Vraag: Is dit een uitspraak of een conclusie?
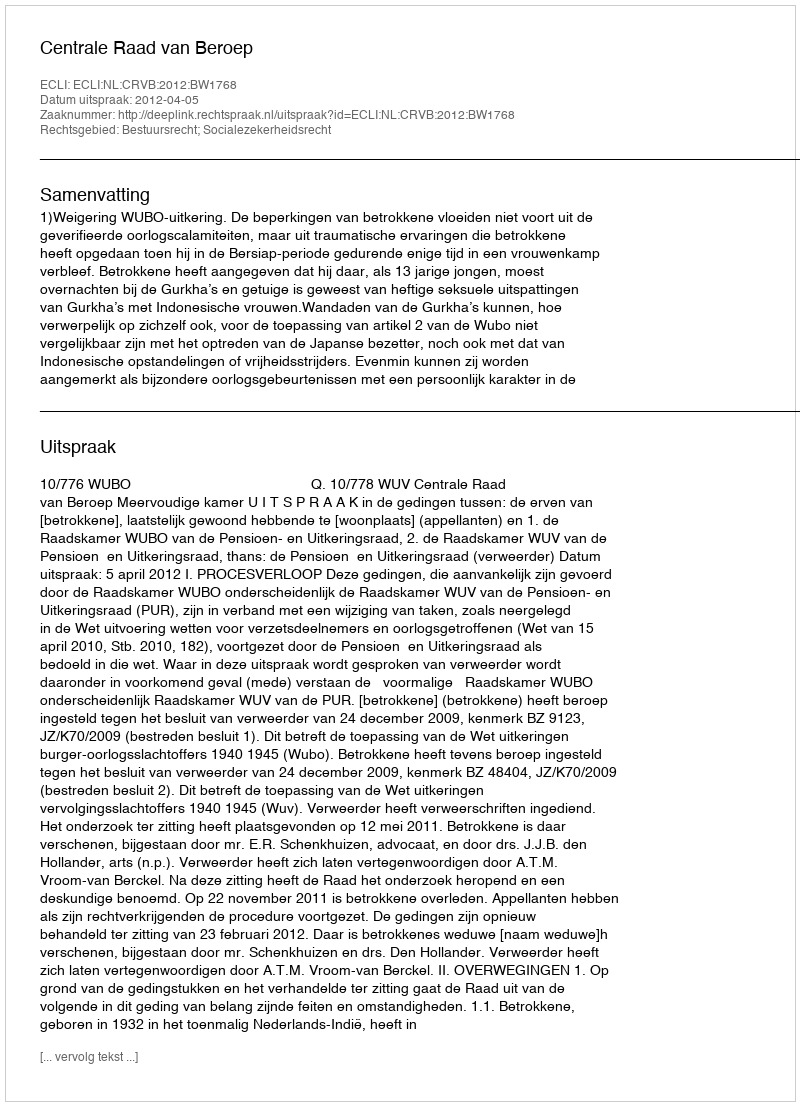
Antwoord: Uitspraak